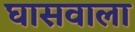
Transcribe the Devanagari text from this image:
घासवाला